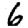
Digit: 6